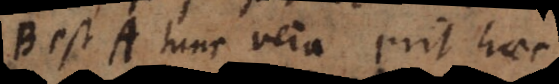
B est A, tunc vera erit